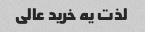
لذت یه خرید عالی